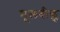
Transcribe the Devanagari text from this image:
मूलबीह्ज